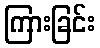
ကြားခြင်း